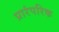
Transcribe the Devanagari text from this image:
प्रारंपरिक